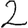
Digit: 2